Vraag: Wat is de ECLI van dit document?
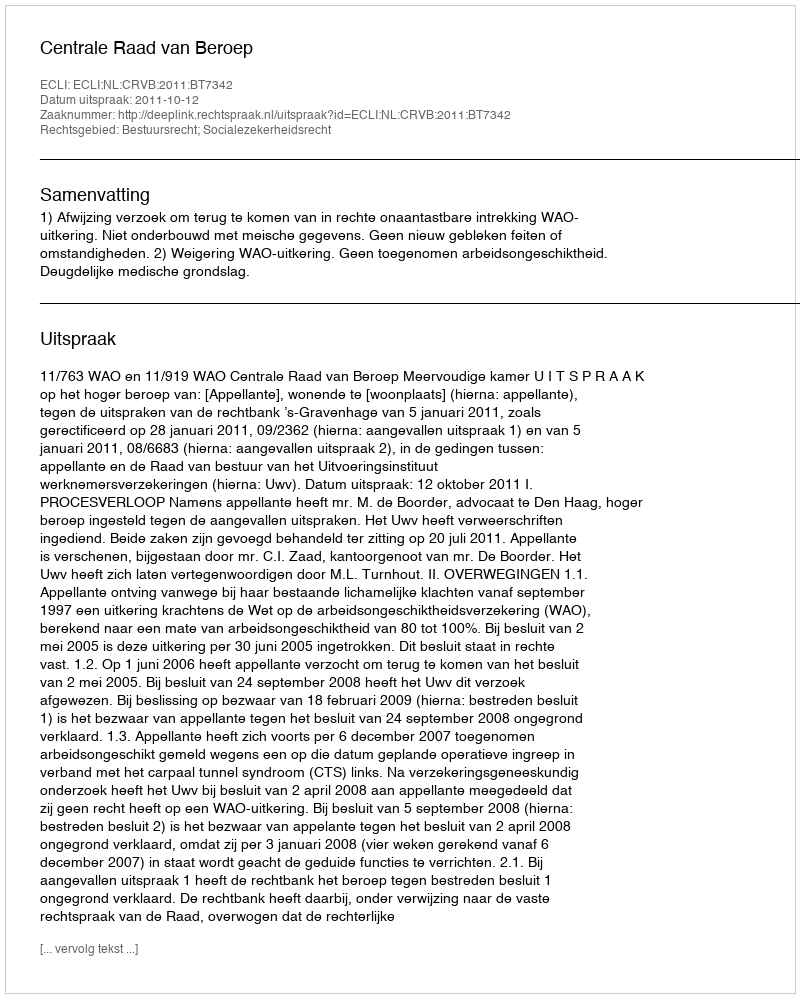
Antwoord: ECLI:NL:CRVB:2011:BT7342